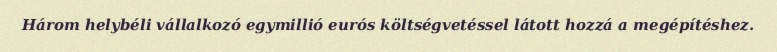
Három helybéli vállalkozó egymillió eurós költségvetéssel látott hozzá a megépítéshez.